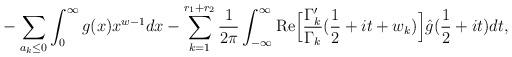
LaTeX: \begin{align*}&-\sum_{a_k\leq 0} \int_0^\infty g(x)x^{w-1}dx -\sum_{k=1}^{r_1+r_2}\frac{1}{2\pi}\int_{-\infty}^\infty \mathrm{Re}\Big[\frac{\Gamma'_k}{\Gamma_k}(\frac{1}{2}+it+w_k)\Big]\hat{g}(\frac{1}{2}+it)dt,\end{align*}